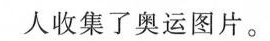
人收集了奥运图片。